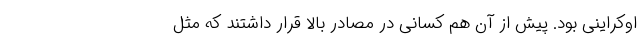
اوکراینی بود. پیش از آن هم کسانی در مصادر بالا قرار داشتند که مثل